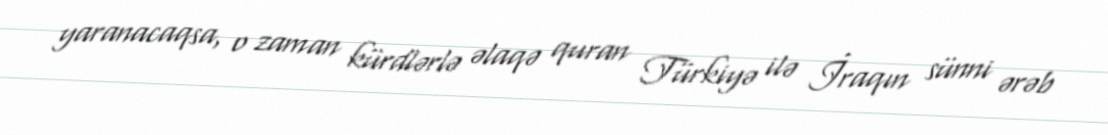
yaranacaqsa, o zaman kürdlərlə əlaqə quran Türkiyə ilə İraqın sünni ərəb